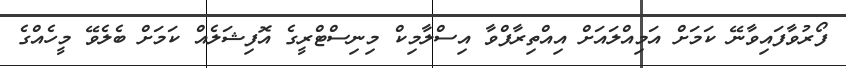
ފޯރުވާފައިވާނޭ ކަމަށް އަމިއްލައަށް އިއްތިރާފްވާ އިސްލާމިކް މިނިސްޓްރީގެ އޮފިޝަލެއް ކަމަށް ބެލެވޭ މީހެއްގެ